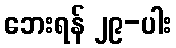
ဘေးရန် ၂၉-ပါး